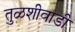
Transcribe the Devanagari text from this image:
तुळशीवाडी